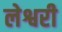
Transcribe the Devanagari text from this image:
लेश्वरी